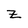
Character: Z